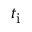
t _ { \mathrm { i } }